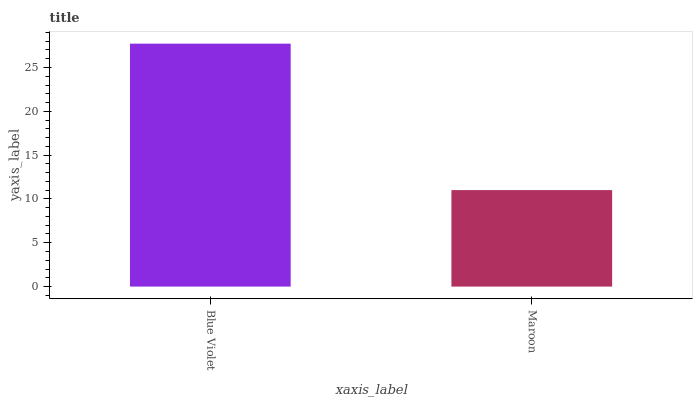
| xaxis_label | bars |
 | --- | --- |
 | Blue Violet | 27.7 |
 | Maroon | 11 |